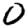
Digit: 0